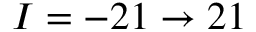
I = - 2 1 \rightarrow 2 1